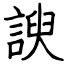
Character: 諛